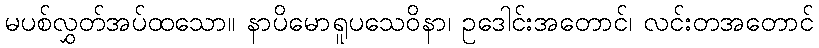
မပစ်လွှတ်အပ်ထသော။ နာပိမောရူပသေဝိနာ၊ ဥဒေါင်းအတောင်၊ လင်းတအတောင်